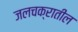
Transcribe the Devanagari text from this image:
जलचक्रातील